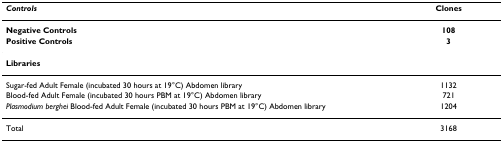
<table><thead><tr><td><b><i>Controls</i></b></td><td><b>Clones</b></td></tr></thead><tbody><tr><td><b>Negative Controls</b></td><td><b>108</b></td></tr><tr><td><b>Positive Controls</b></td><td><b>3</b></td></tr><tr><td colspan="2"><b>Libraries</b></td></tr><tr><td>Sugar-fed Adult Female (incubated 30 hours at 19°C) Abdomen library</td><td>1132</td></tr><tr><td>Blood-fed Adult Female (incubated 30 hours PBM at 19°C) Abdomen library</td><td>721</td></tr><tr><td><i>Plasmodium berghei </i>Blood-fed Adult Female (incubated 30 hours PBM at 19°C) Abdomen library</td><td>1204</td></tr><tr><td>Total</td><td>3168</td></tr></tbody></table>